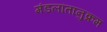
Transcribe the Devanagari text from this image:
मंडलांतानुक्रम